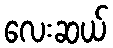
လေးဆယ်